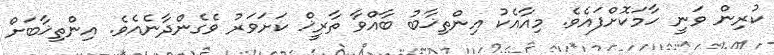
ކުރިން ވަނީ ހާމަކޮށްފައެވެ. މިއާއެކު އިންތިޚާބު ބާއްވާ ތާރީޚް ކަށަވަރު ވެގެންދާނެއެވެ. އިންތިޚާބަށް